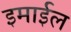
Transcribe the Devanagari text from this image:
इमाईल